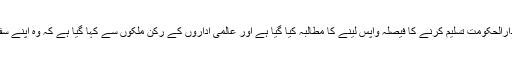
قرارداد میں امریکہ سے یروشلم کو اسرائیل کا دارالحکومت تسلیم کرنے کا فیصلہ واپس لینے کا مطالبہ کیا گیا ہے اور عالمی اداروں کے رکن ملکوں سے کہا گیا ہے کہ وہ اپنے سفارت خانے تل ابیب سے یروشلم منتقل نہ کریں۔